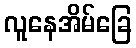
လူနေအိမ်ခြေ